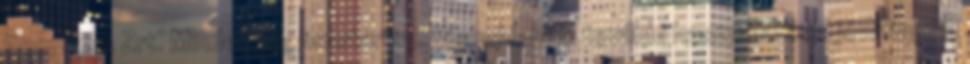
Geopress Zrt. Minden jog fenntartva. Weboldalunk további használatával jóváhagyja